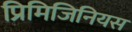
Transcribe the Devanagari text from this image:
प्रिमिजिनियस